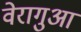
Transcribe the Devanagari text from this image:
वेरागुआ